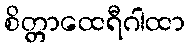
စိတ္တာထေရီဂါထာ